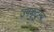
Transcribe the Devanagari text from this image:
उपकुटुम्ब